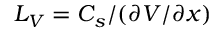
L _ { V } = C _ { s } / ( \partial V / \partial x )